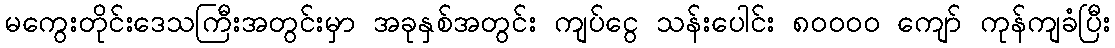
မကွေးတိုင်းဒေသကြီးအတွင်းမှာ အခုနှစ်အတွင်း ကျပ်ငွေ သန်းပေါင်း ၈၀၀၀၀ ကျော် ကုန်ကျခံပြီး